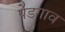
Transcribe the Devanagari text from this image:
पेडगाव